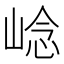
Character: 𡹓